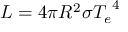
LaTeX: L = 4 \pi R ^ { 2 } \sigma { T _ { e } } ^ { 4 }